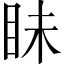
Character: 眛